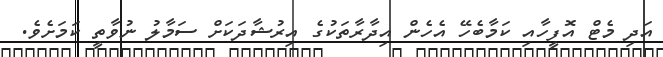
އަދި މެޓް އޮފީހާއި ކަމާބެހޭ އެހެން އިދާރާތަކުގެ އިރުޝާދަކަށް ސަމާލު ނުވާތީ ކަމަށެވެ.